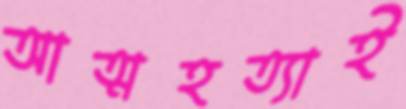
আত্মহত্যাই